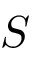
S